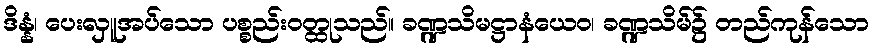
ဒိန္နံ၊ ပေးလှူအပ်သော ပစ္စည်းဝတ္ထုသည်။ ခဏ္ဍသိမဋ္ဌာနံယေဝ၊ ခဏ္ဍသိမ်၌ တည်ကုန်သော